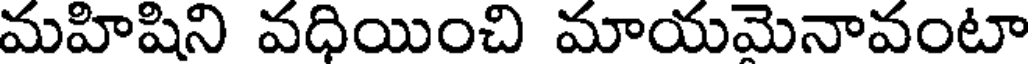
మహిషిని వధియించి మాయమెనావంటా